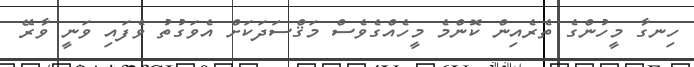
ހިނގާ މީހުންގެ ތެރެއިން ކޮންމެ މީހެއްގެވެސް މަޤްސަދަަކަށް އެވަގުތު ވެފައި ވަނީ ވާރޭ